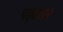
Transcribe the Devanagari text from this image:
पड़ा।२२